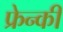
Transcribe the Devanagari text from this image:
फ्रेन्की